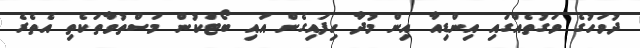
ދުވަހުގެ ވަގުތެއްގައި އިންޑިއާ އިން މުދާ ހިފައިގެން އައި ބޯޓަކުން މަސްތުވާތަކެތި އެތެރެ